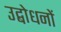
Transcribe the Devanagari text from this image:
उद्बोधनों